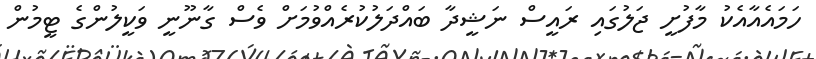
ހަމައެއާއެކު މާފުށީ ޖަލުގައި ރައީސް ނަޝީދާ ބައްދަލުކުރެއްވުމަށް ވެސް ގާނޫނީ ވަކީލުންގެ ޓީމުން